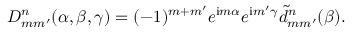
D _ { m m ^ { \prime } } ^ { n } ( \alpha , \beta , \gamma ) = ( - 1 ) ^ { m + m ^ { \prime } } e ^ { \mathrm { i } m \alpha } e ^ { \mathrm { i } m ^ { \prime } \gamma } \widetilde { d } _ { m m ^ { \prime } } ^ { n } ( \beta ) .